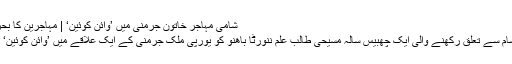
شامی مہاجر خاتون جرمنی ميں ’وائن کوئين‘ | مہاجرین کا بحران | DW | 04.08.2016
خانہ جنگی کے شکار ملک شام سے تعلق رکھنے والی ايک چھبيس سالہ مسيحی طالب علم ننورٹا باھنو کو يورپی ملک جرمنی کے ايک علاقے ميں ’وائن کوئين‘ کے اعزاز سے نوازہ گيا ہے۔